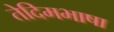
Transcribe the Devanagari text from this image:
तेदिमभाषा